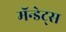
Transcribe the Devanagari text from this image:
मॅन्डेट्स